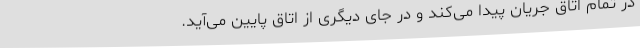
در تمام اتاق جریان پیدا می‌کند و در جای دیگری از اتاق پایین می‌آید.